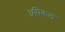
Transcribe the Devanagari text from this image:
अपिकल